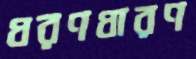
ধরণধারণ